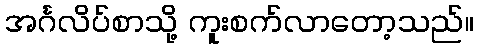
အင်္ဂလိပ်စာသို့ ကူးစက်လာတော့သည်။